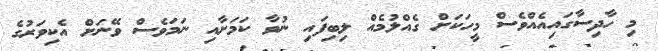
މި ހާދިސާގައިއެއްވެސް މީހަކަށް ގެއްލުމެއް ލިބިފައި ނުވާ ކަމަށާއި ނަމަވެސް ވޭނަށް އެކިވަރުގެ